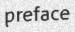
preface